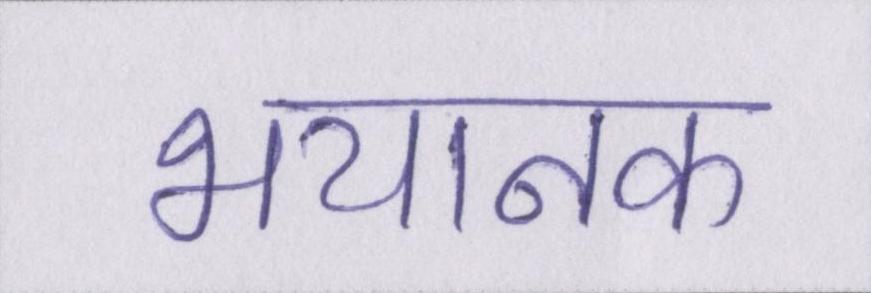
भयानक